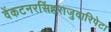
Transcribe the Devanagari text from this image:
वेंकटनरसिंहराजुवारिपेटा